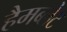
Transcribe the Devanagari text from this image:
हैमब्लेट